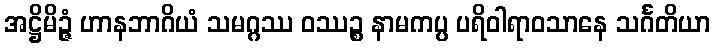
အဋ္ဌိမိဉ္ဇံ ဟာနဘာဂိယံ သမဂ္ဂဿ ဝဿဉ္စ နာမကပ္ပ ပရိဝါရာဝသာနေ သင်္ဂတိယာ